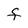
Character: F